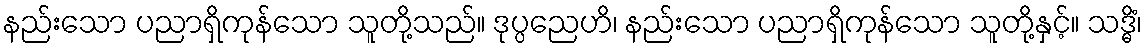
နည်းသော ပညာရှိကုန်သော သူတို့သည်။ ဒုပ္ပညေဟိ၊ နည်းသော ပညာရှိကုန်သော သူတို့နှင့်။ သဒ္ဓိံ၊